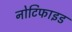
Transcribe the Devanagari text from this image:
नोटिफाइड